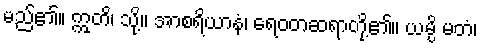
မည်၏။ ဣတိ၊ သို့။ အာစရိယာနံ၊ ရေဝတဆရာတို့၏။ ယမ္ပိ မတံ၊